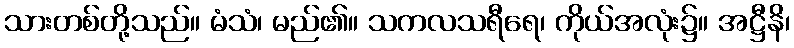
သားတစ်တို့သည်။ မံသံ၊ မည်၏။ သကလသရီရေ၊ ကိုယ်အလုံး၌။ အဋ္ဌီနိ၊